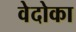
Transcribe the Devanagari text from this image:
वेदोका